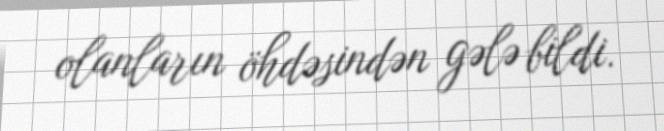
olanların öhdəsindən gələ bildi.